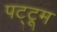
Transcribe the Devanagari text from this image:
पट्टूम